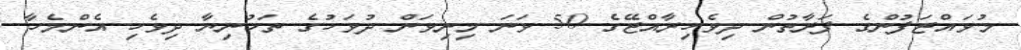
މުވައްޒަފުންގެ ފަރާތުން ދިވެހިރާއްޖޭގެ 50 ވަނަ މިނިވަން ދުވަހުގެ ތަހުނިޔާ ދިވެހި އެންމެހާ